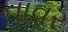
નાવર